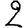
Digit: 2